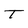
Character: T